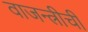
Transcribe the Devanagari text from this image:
वाजन्त्रीची